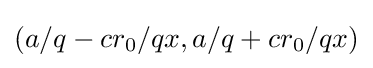
\left(a/q-cr_{0}/qx,a/q+cr_{0}/qx\right)